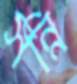
সন্নি